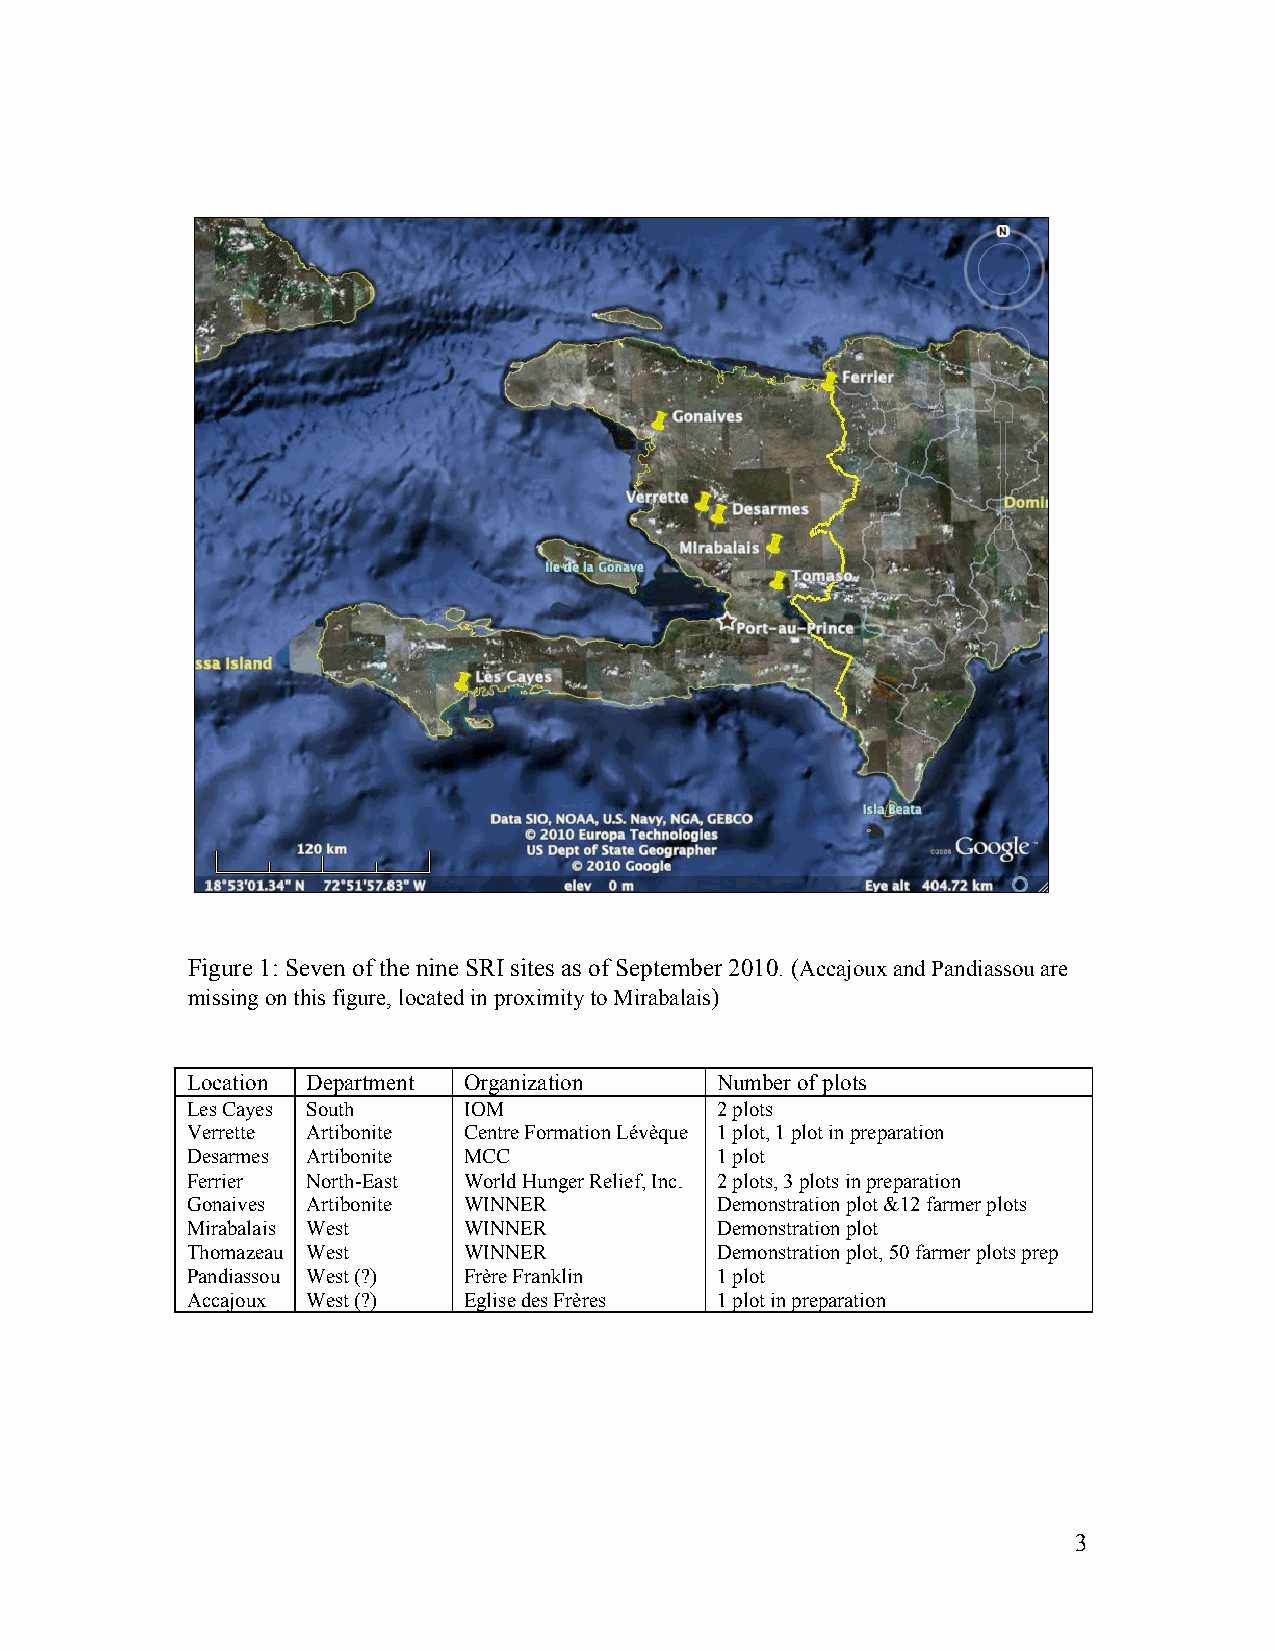
Figure 1: Seven of the nine SRI sites as of September 2010. (Accajoux and Pandiassou are
 missing on this figure, located in proximity to Mirabalais)
 Location Department Organization   Number of plots
 Les Cayes South    IOM             2 plots
 Verrette Artibonite Centre Formation Lévèque 1 plot, 1 plot in preparation
 Desarmes Artibonite MCC            1 plot
 Ferrier North-East World Hunger Relief, Inc. 2 plots, 3 plots in preparation
 Gonaives Artibonite WINNER         Demonstration plot &12 farmer plots
 Mirabalais West    WINNER          Demonstration plot
 Thomazeau West     WINNER          Demonstration plot, 50 farmer plots prep
 Pandiassou West (?) Frère Franklin 1 plot
 Accajoux West (?)  Eglise des Frères 1 plot in preparation
 3